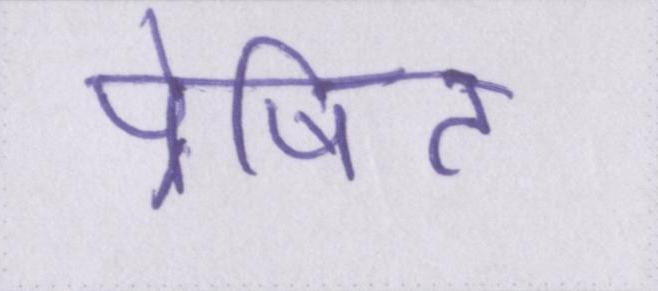
प्रेषित